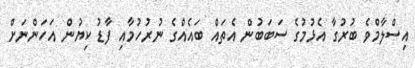
އިސްލާމްވެ ބުރުގާ އެޅުމުގެ ސަބަބުން އެތައް ބައެއްގެ ނުރުހުމާއި ފާޑު ކިޔުން އަހަންނަށް